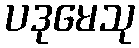
ပဒုမေသု